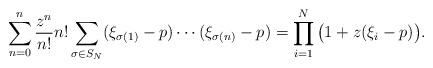
LaTeX: \begin{align*}\sum_{n=0}^n\frac{z^n}{n!}n!\sum_{\sigma \in S_N}(\xi_{\sigma(1)}-p)\cdots (\xi_{\sigma(n)}-p)= \prod_{i=1}^N\big (1 + z(\xi_i -p)\big ).\end{align*}